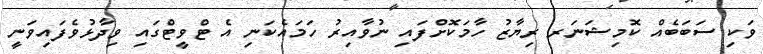
ވަކި ސަބަބެއް ކޮމިޝަނަރ ރިޔާޒު ހާމަކޮށްފައި ނުވާއިރު ހަމައެކަނި އެ ޓްވީޓްގައި ވިދާޅުވެފައިވަނީ